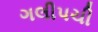
ગલીપચી